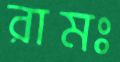
রামঃ